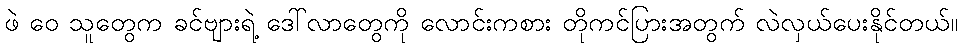
ဖဲ ဝေ သူတွေက ခင်ဗျားရဲ့ ဒေါ်လာတွေကို လောင်းကစား တိုကင်ပြားအတွက် လဲလှယ်ပေးနိုင်တယ်။